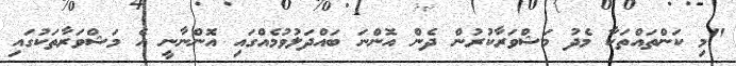
"މި ކަންތައްތަކާ މެދު މަޝްވަރާކުރުން ދެން އޮންނަ ބައްދަލުވުމެއްގައި އޮންނާނީ އެ މަޝްވަރާތަކުގައި